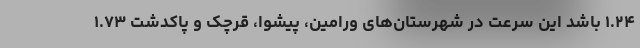
۱.۲۴ باشد این سرعت در شهرستان‌های ورامین، پیشوا، قرچک و پاکدشت ۱.۷۳